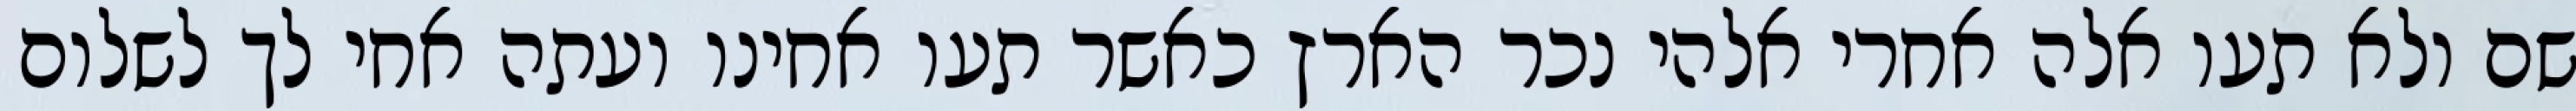
שם ולא תעו אלה אחרי אלהי נכר הארץ כאשר תעו אחינו ועתה אחי לך לשלום